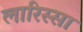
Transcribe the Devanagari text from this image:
लारिस्सा